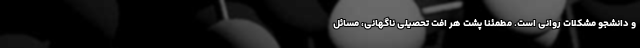
و دانشجو مشکلات روانی است. مطمئنا پشت هر افت تحصیلی ناگهانی، مسائل